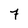
Character: 7